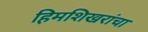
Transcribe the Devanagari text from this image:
हिमशिखरांचा